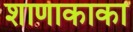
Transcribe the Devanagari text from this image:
शाणाकाका